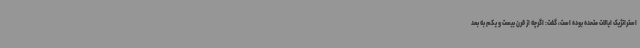
استراتژیک ایالات متحده بوده است، گفت: اگرچه از قرن بیست و یکم به بعد